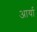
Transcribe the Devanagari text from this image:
अार्या